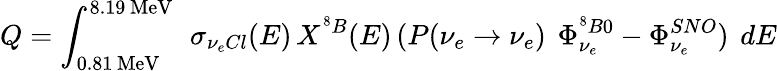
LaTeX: Q=\int_{0.81\, \mathrm{MeV}}^{8.19\, \mathrm{MeV}}\, ~\sigma_{\nu_{e}Cl}(E)\, X^{^8B}(E)\, (P(\nu_{e}\to\nu_{e})\, ~\Phi_{\nu_{e}}^{{^8B}0}-\Phi_{\nu_{e}}^{SNO})\, ~dE